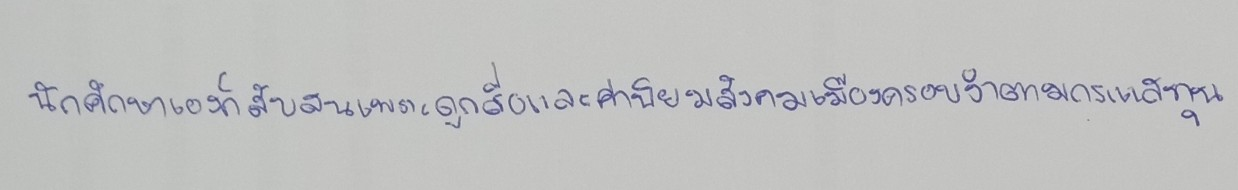
นักศึกษาเองก็สับสนเพราะถูกสื่อและค่านิยมสังคมเมืองครอบงำตามกระแสทุน